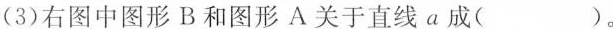
(3)右图中图形B和图形A关于直线a成( )。